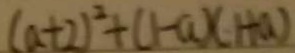
( a + 2 ) ^ { 2 } + ( 1 - a ) ( 1 + a )